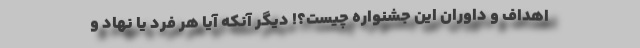
اهداف و داوران این جشنواره چیست؟! دیگر آنکه آیا هر فرد یا نهاد و